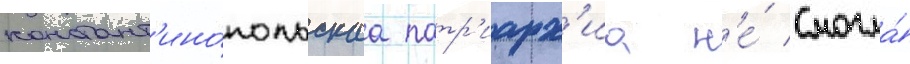
констант'ино́польскаа патр'иарх'иа н'е́ смогла́